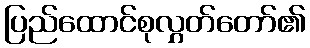
ပြည်ထောင်စုလွှတ်တော်၏